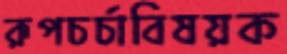
রূপচর্চাবিষয়ক